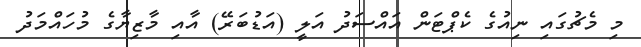
މި މެޗުގައި ނިއުގެ ކެޕްޓަން އައްސަދު އަލީ (އަޑުބަރޭ) އާއި މާޒިޔާގެ މުހައްމަދު